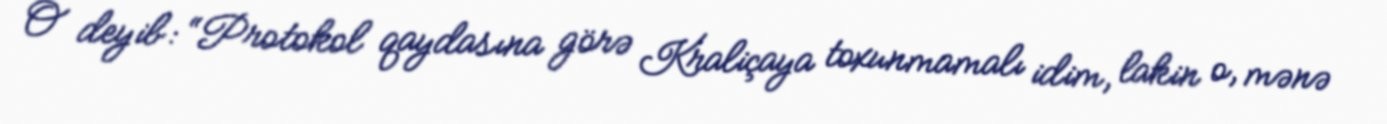
O deyib: “Protokol qaydasına görə Kraliçaya toxunmamalı idim, lakin o, mənə